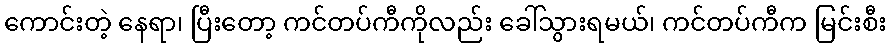
ကောင်းတဲ့ နေရာ၊ ပြီးတော့ ကင်တပ်ကီကိုလည်း ခေါ်သွားရမယ်၊ ကင်တပ်ကီက မြင်းစီး